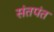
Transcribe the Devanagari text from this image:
संतपंत